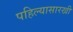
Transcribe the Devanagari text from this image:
पहिल्यासारखी